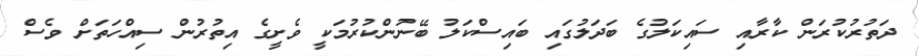
ދަތުރުކުރަން ކާރާއި ސައިކަލުގެ ބަދަލުގައި ބައިސްކަލު ބޭނުންކުރުމަކީ ވެށީގެ އިތުރުން ސިއްހަތަށް ވެސް